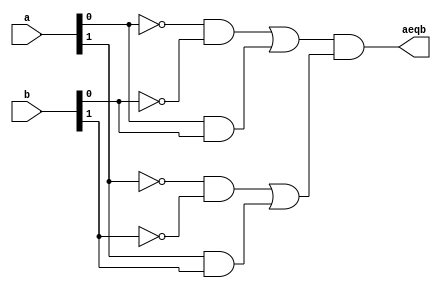
// Listing 7.15
module eq2_task
  (
  input  wire [1:0] a, b,
  output reg aeqb
  );

  reg e0, e1;

  always @*
  begin
     equ_tsk(2, a[0], b[0], e0);
     equ_tsk(2, a[1], b[1], e1);
     aeqb = e0 & e1;
  end

// task definition
task equ_tsk
   (
    input integer delay,
    input i0, i1,
    output eq1
   );
   begin
      #delay eq1 = (~i0 & ~i1) | (i0 & i1);
   end
endtask

endmodule